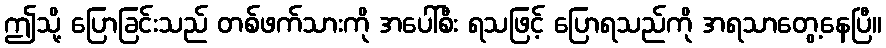
ဤသို့ ပြောခြင်းသည် တစ်ဖက်သားကို အပေါ်စီး ရသဖြင့် ပြောရသည်ကို အရသာတွေ့နေပြီ။